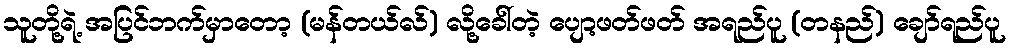
သူတို့ရဲ့ အပြင်ဘက်မှာတော့ (မန်တယ်လ်) လို့ခေါ်တဲ့ ပျော့ဖတ်ဖတ် အရည်ပူ (တနည်) ချော်ရည်ပူ